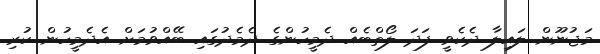
މަޖުނޫން ލައިލާ ދެކެވީ ފަދަ ލޯތްބެއް ދެމީހުންގެ ދެމެދުގައި ބޭއްވުމަށް އެދެމީހުން ކުރި